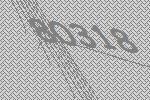
80318